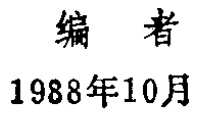
编者

1988年10月